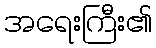
အရေးကြီး၏